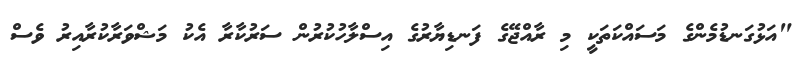
"އަޅުގަނޑުމެންގެ މަސައްކަތަކީ މި ރާއްޖޭގެ ފަނޑިޔާރުގެ އިސްލާހުކުރުން ސަރުކާރާ އެކުު މަޝްވަރާކުރާއިރު ވެސް